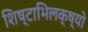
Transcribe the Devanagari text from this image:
शिष्टाभिलक्ष्यो